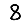
Digit: 8